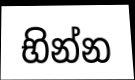
භින්න